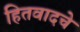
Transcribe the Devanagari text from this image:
हितवादचे